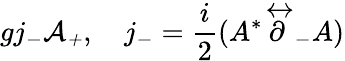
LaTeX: gj_{-}{\cal A_{+}},\ \ \ \ j_{-}={\frac{i}{2}}(A^{*}\stackrel{\leftrightarrow}{\partial}_{-}A)